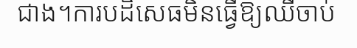
ជាង។ការបដិសេធមិនធ្វើឱ្យឈឺចាប់